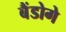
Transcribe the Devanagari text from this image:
बैंडोगे